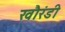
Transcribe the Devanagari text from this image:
खौरंडी